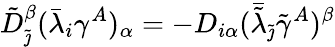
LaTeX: \tilde{D}_{\tilde{\jmath}}^{\beta}(\bar{\lambda}_{i}\gamma^{A})_{\alpha}=-D_{i\alpha}(\bar{\tilde{\lambda}}_{\tilde{\jmath}}\tilde{\gamma}^{A})^{\beta}